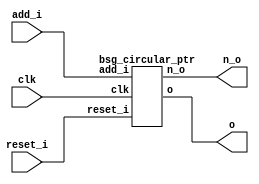
// This program was cloned from: https://github.com/chipsalliance/synlig
// License: Apache License 2.0



module top
(
  clk,
  reset_i,
  add_i,
  o,
  n_o
);

  input [0:0] add_i;
  output [3:0] o;
  output [3:0] n_o;
  input clk;
  input reset_i;

  bsg_circular_ptr
  wrapper
  (
    .add_i(add_i),
    .o(o),
    .n_o(n_o),
    .clk(clk),
    .reset_i(reset_i)
  );


endmodule



module bsg_circular_ptr
(
  clk,
  reset_i,
  add_i,
  o,
  n_o
);

  input [0:0] add_i;
  output [3:0] o;
  output [3:0] n_o;
  input clk;
  input reset_i;
  wire [3:0] o,n_o,\genblk1.genblk1.ptr_r_p1 ;
  wire N0,N1,N2;
  reg o_3_sv2v_reg,o_2_sv2v_reg,o_1_sv2v_reg,o_0_sv2v_reg;
  assign o[3] = o_3_sv2v_reg;
  assign o[2] = o_2_sv2v_reg;
  assign o[1] = o_1_sv2v_reg;
  assign o[0] = o_0_sv2v_reg;
  assign \genblk1.genblk1.ptr_r_p1  = o + 1'b1;
  assign n_o = (N0)? \genblk1.genblk1.ptr_r_p1  : 
               (N1)? o : 1'b0;
  assign N0 = add_i[0];
  assign N1 = N2;
  assign N2 = ~add_i[0];

  always @(posedge clk) begin
    if(reset_i) begin
      o_3_sv2v_reg <= 1'b0;
      o_2_sv2v_reg <= 1'b0;
      o_1_sv2v_reg <= 1'b0;
      o_0_sv2v_reg <= 1'b0;
    end else if(1'b1) begin
      o_3_sv2v_reg <= n_o[3];
      o_2_sv2v_reg <= n_o[2];
      o_1_sv2v_reg <= n_o[1];
      o_0_sv2v_reg <= n_o[0];
    end 
  end


endmodule